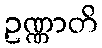
ဥဏ္ဏာတိ